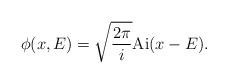
LaTeX: \begin{align*}\phi(x, E)= \sqrt{\frac{2\pi}{i}} {\rm Ai}(x-E).\end{align*}